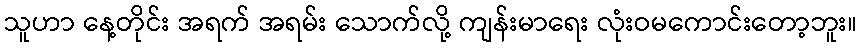
သူဟာ နေ့တိုင်း အရက် အရမ်း သောက်လို့ ကျန်းမာရေး လုံးဝမကောင်းတော့ဘူး။